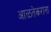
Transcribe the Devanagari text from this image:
आळतेकरांना